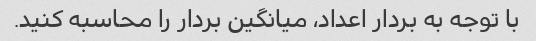
با توجه به بردار اعداد، میانگین بردار را محاسبه کنید.